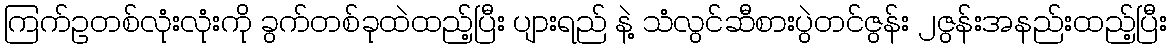
ကြက်ဥတစ်လုံးလုံးကို ခွက်တစ်ခုထဲထည့်ပြီး ပျားရည် နဲ့ သံလွင်ဆီစားပွဲတင်ဇွန်း ၂ဇွန်းအနည်းထည့်ပြီး